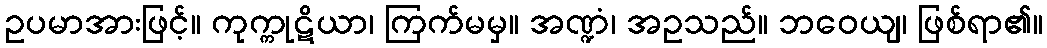
ဥပမာအားဖြင့်။ ကုက္ကုဋိယာ၊ ကြက်မမှ။ အဏ္ဍံ၊ အဥသည်။ ဘဝေယျ၊ ဖြစ်ရာ၏။